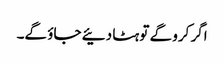
اگر کرو گے تو ہٹا دئیے جاؤ گے۔